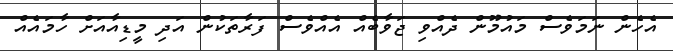
އެހެން ނަމަވެސް މައުމޫން ދެއްވި ޖަވާބެއް އެއްވެސް ފަރާތަކުން އަދި މީޑިއާއަށް ހާމައެއް